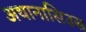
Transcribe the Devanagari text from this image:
अथानासिउस